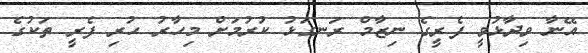
އޭނާ ވިދާޅުވީ ފެރީގެ ނިޒާމް ރަނގަޅު ކުރުމަށް މިހާރު ހުރި ފެރީ ތަކުގެ